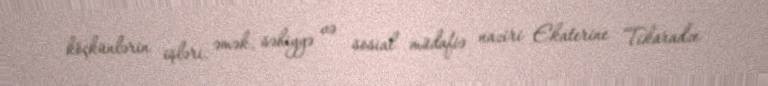
köçkünlərin işləri, əmək, səhiyyə və sosial müdafiə naziri Ekaterine Tikaradze